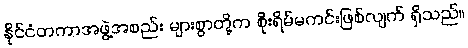
နိုင်ငံတကာအဖွဲ့အစည်း များစွာတို့က စိုးရိမ်မကင်းဖြစ်လျက် ရှိသည်။